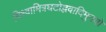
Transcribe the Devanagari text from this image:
विश्वामित्रघटोद्भवादिमुनयो